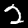
Digit: 2